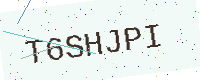
Text: T6SHJPI